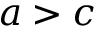
a > c